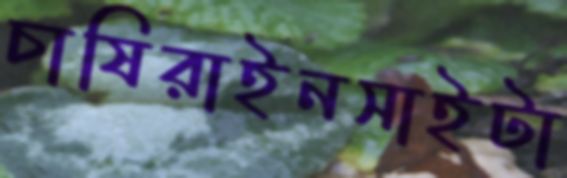
চাষিরাইনসাইটা